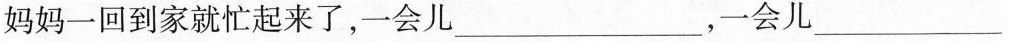
妈妈一回到家就忙起来了，一会儿___，一会儿___，一会儿___。